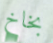
بخاخ